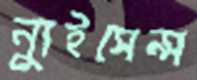
ন্যুইসেন্স